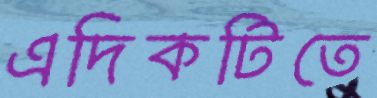
এদিকটিতে